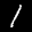
Label: 1